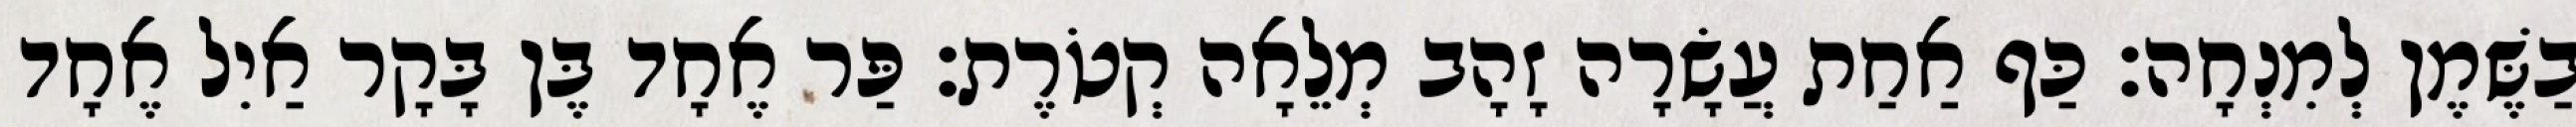
בַשֶּׁמֶן לְמִנְחָה׃ כַּף אַחַת עֲשָׂרָה זָהָב מְלֵאָה קְטֹרֶת׃ פַּר אֶחָד בֶּן בָּקָר אַיִל אֶחָד